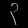
Digit: ၃